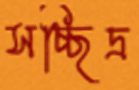
সচ্ছিদ্র